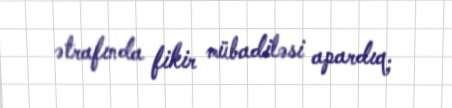
ətrafında fikir mübadiləsi apardıq.